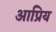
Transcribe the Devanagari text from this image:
आप्रिय